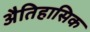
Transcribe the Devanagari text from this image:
अैतिहासिक